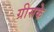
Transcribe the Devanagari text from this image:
ग्रीसके